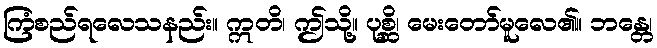
ကြံစည်ရလေသနည်း။ ဣတိ၊ ဤသို့။ ပုစ္ဆိ၊ မေးတော်မူလေ၏။ ဘန္တေ၊